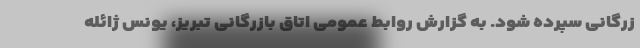
زرگانی سپرده شود. به گزارش روابط عمومی اتاق بازرگانی تبریز، یونس ژائله